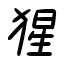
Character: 猩